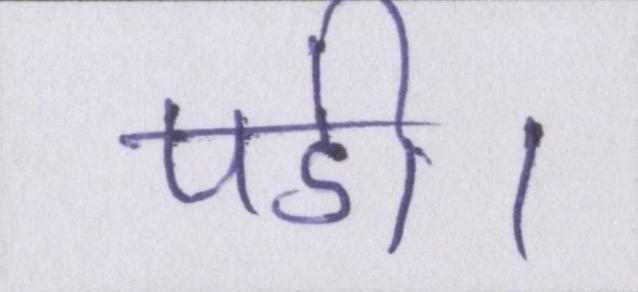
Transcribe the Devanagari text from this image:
पडी।